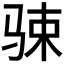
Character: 𱅔